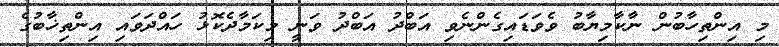
މި އިންތިހާބުން ނާކާމިޔާބު ވެވަޑައިގެންނެވި އަބްދު އަބްދު ވަނީ މިކަމާދެކޮޅު ހައްދަވައި އިންތިޚާބުގެ